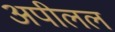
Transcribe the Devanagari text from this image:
अपीलल